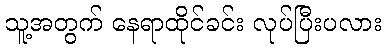
သူ့အတွက် နေရာထိုင်ခင်း လုပ်ပြီးပလား